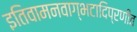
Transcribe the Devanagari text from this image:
इतिवामनवाग्भटादिप्रणीत